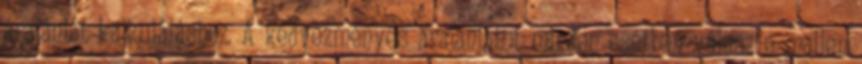
árajánlat kalkuláláshoz. A kedvezményes árajánlatot minden esetben válasz e-mailen